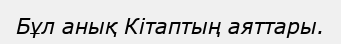
Бұл анық Кітаптың аяттары.